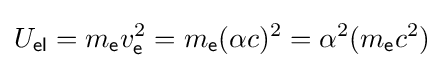
U_{\mathsf {el}}=m_{\mathsf {e}}v_{\mathsf {e}}^{2}=m_{\mathsf {e}}(\alpha c)^{2}=\alpha ^{2}(m_{\mathsf {e}}c^{2})